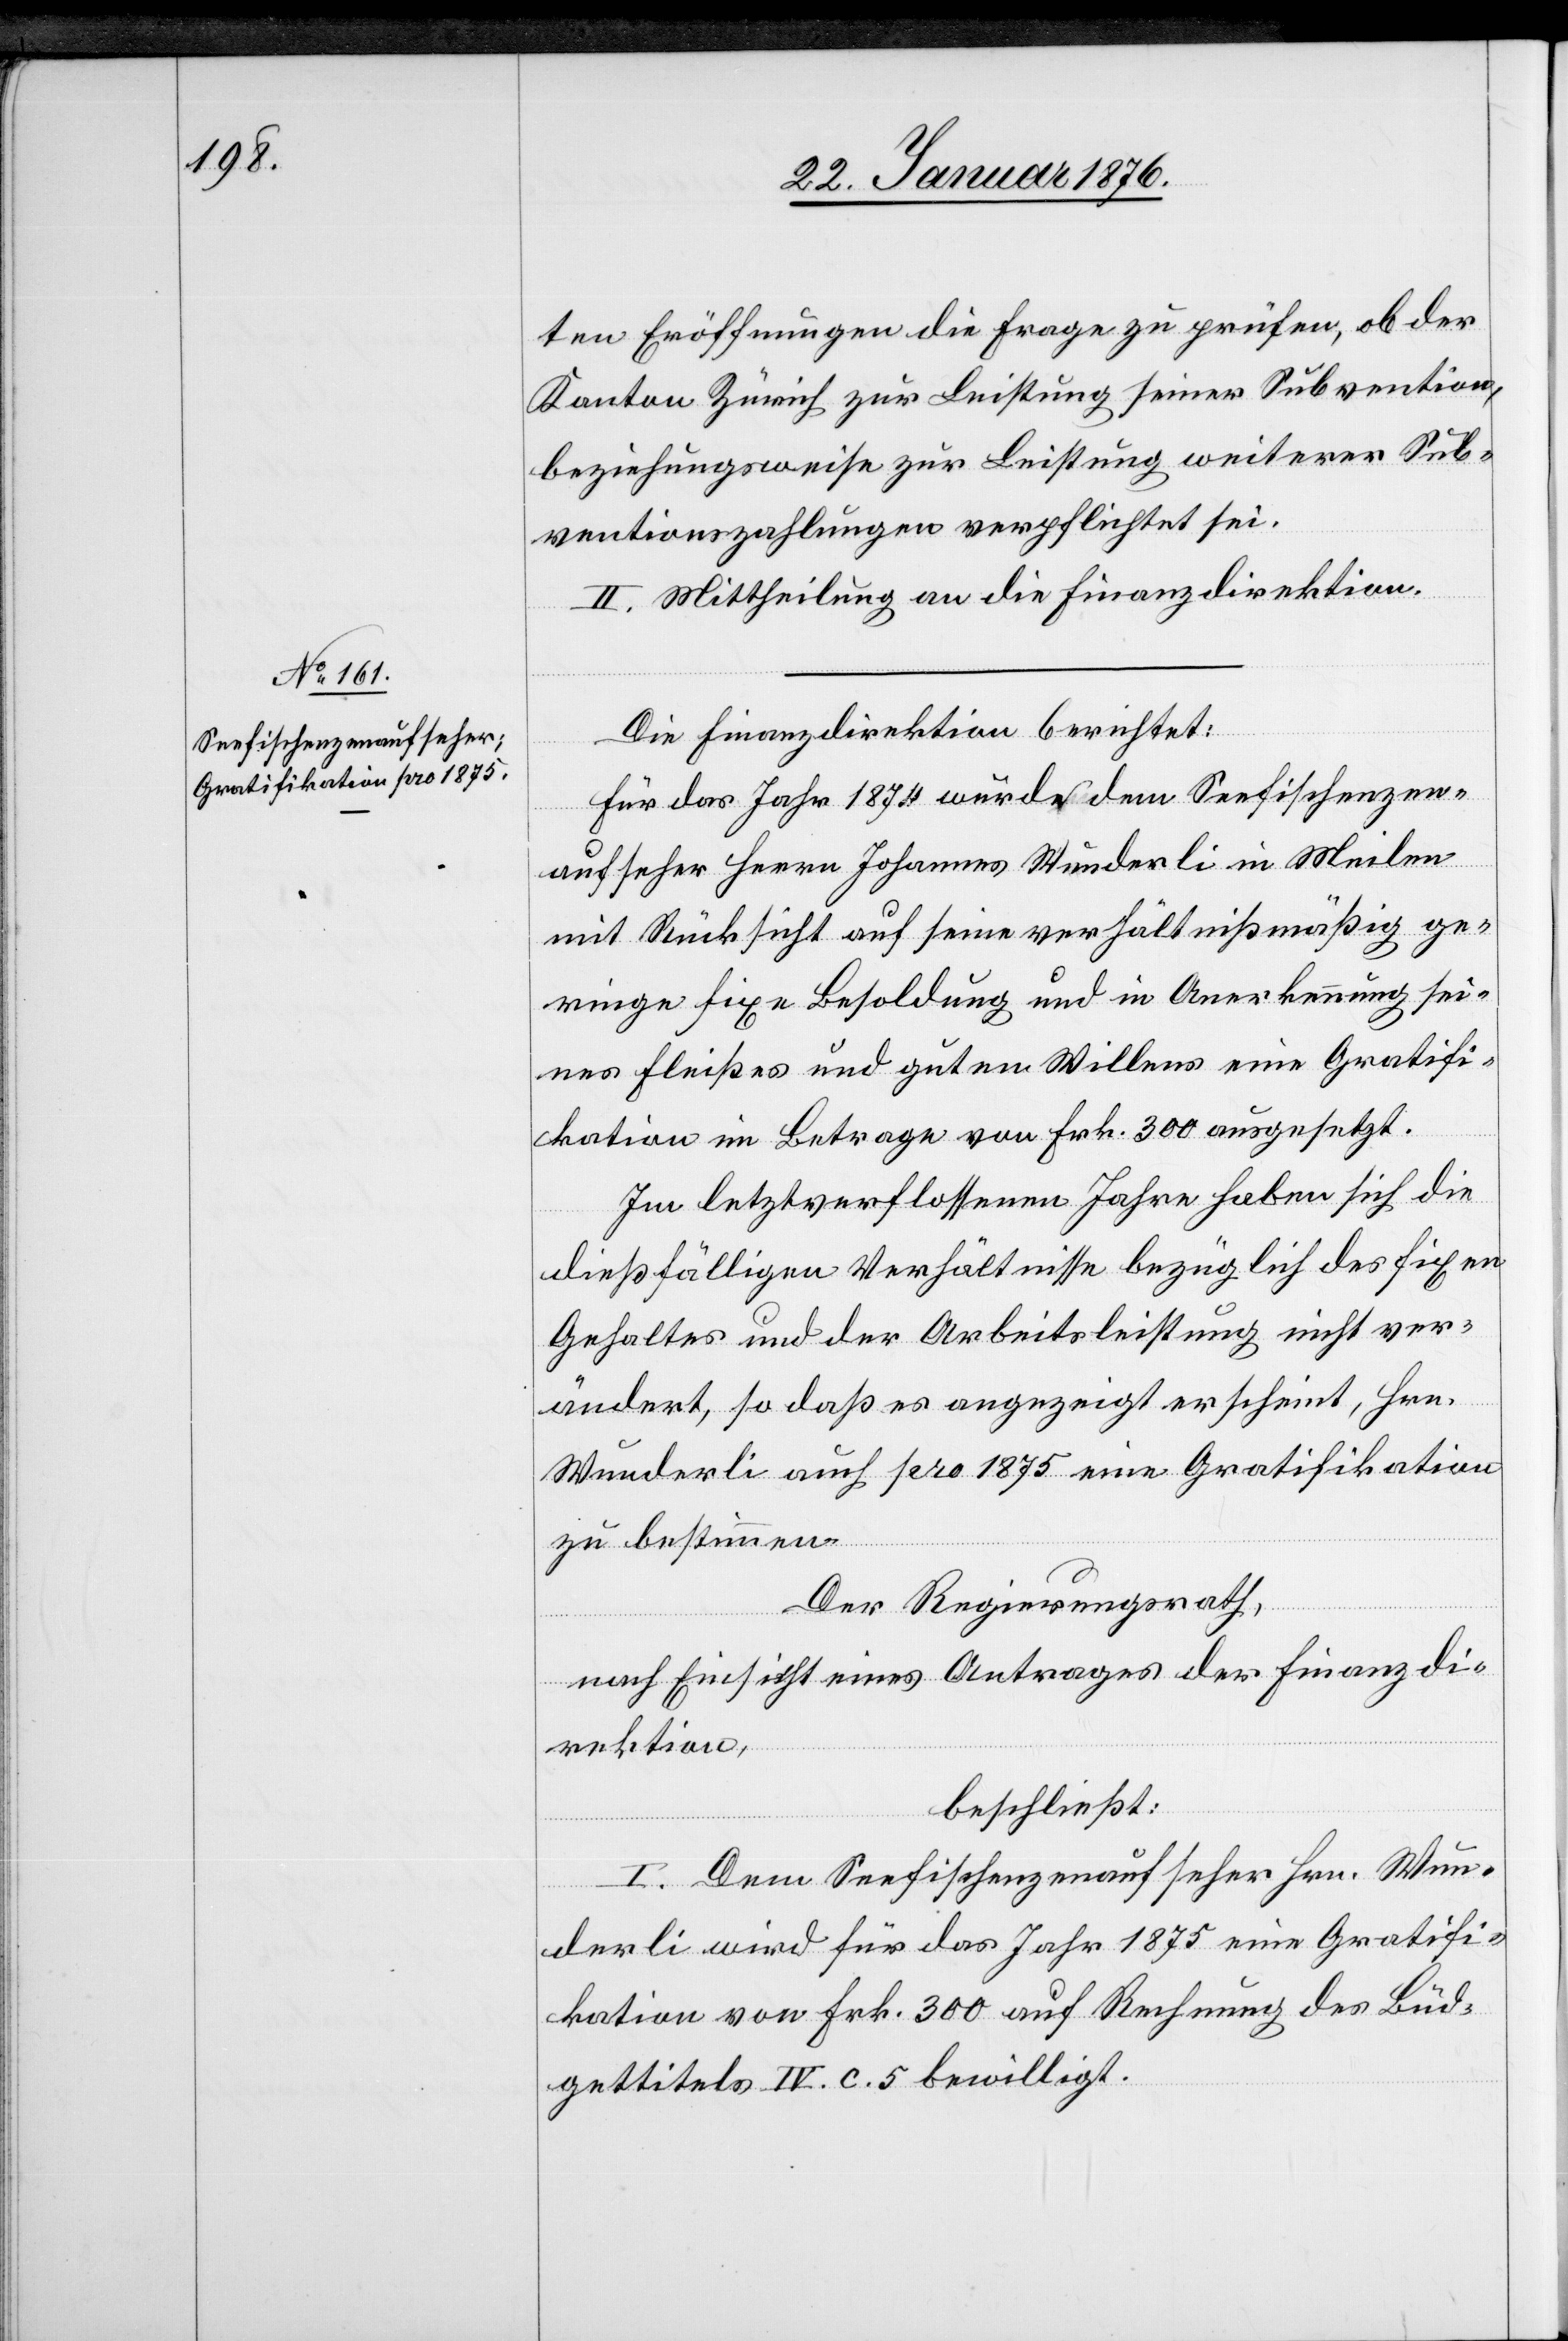
ten Eröffnungen die Frage zu prüfen, ob der
Kanton Zürich zur Leistung seiner Subvention,
beziehungsweise zur Leistung weiterer Sub¬
ventionszahlungen verpflichtet sei.
II. Mittheilung an die Finanzdirektion.
Die Finanzdirektion berichtet:
Für das Jahr 1874 wurde dem Seefischenzen¬
aufseher Herrn Johannes Wunderli in Meilen
mit Rücksicht auf seine verhältnißmäßig ge¬
ringe fixe Besoldung und in Anerkennung sei¬
nes Fleißes und guten Willens eine Gratifi¬
kation im Betrage von Frk. 300 ausgesetzt.
Im letztverflossenen Jahre haben sich die
dießfälligen Verhältnisse bezüglich des fixen
Gehaltes und der Arbeitsleistung nicht ver¬
ändert, so daß es angezeigt erscheint, Hrn.
Wunderli auch pro 1875 eine Gratifikation
zu bestimmen.
Der Regierungsrath,
nach Einsicht eines Antrages der Finanzdi¬
rektion,
beschließt:
I. Dem Seefischenzenaufseher Hrn. Wun¬
derli wird für das Jahr 1875 eine Gratifi¬
kation von Frk. 300 auf Rechnung des Bud¬
gettitels IV. c. 5 bewilligt.